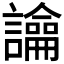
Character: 𧭆